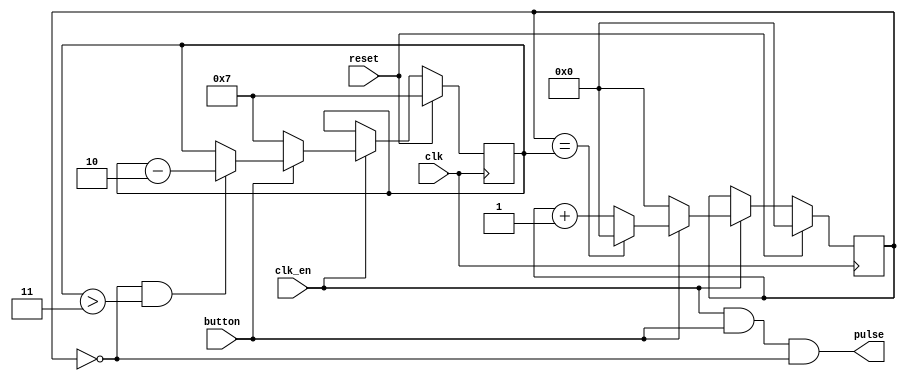
// This program was cloned from: https://github.com/mattvenn/tt07-vga-clock
// License: Apache License 2.0

`default_nettype none
module button_pulse 
#(
    parameter MAX_COUNT = 8,    // max wait before issue next pulse
    parameter DEC_COUNT = 2,    // every pulse, decrement comparitor by this amount
    parameter MIN_COUNT = 1     // until reaches this wait time
)(
    input wire clk,
    input wire clk_en,
    input wire button,
    input wire reset,
    output wire pulse
);

    reg [$clog2(MAX_COUNT-1):0] comp;
    reg [$clog2(MAX_COUNT-1):0] count;

    assign pulse = (clk_en && button && count == 0);

    always @(posedge clk)
        if(reset) begin
            comp <= MAX_COUNT - 1;
            count <= 0;
        end else
        if(clk_en) begin
            if(button)
                count <= count + 1;

            // if button is held, increase pulse rate by reducing comp
            if(count == 0 && comp > (MIN_COUNT + DEC_COUNT)) begin
                comp <= comp - DEC_COUNT;
            end

            // reset counter
            if(count == comp)
                count <= 0;

            // if button is released, set count and comp to default
            if(!button) begin
                count <= 0;
                comp <= MAX_COUNT - 1;
            end
        end

    /*
    `ifdef FORMAL
        default clocking @(posedge clk); endclocking
        default disable iff (!clk_en);

        cover property (##1 $rose(pulse));
        cover property (comp < MAX_COUNT - 1);
        assert property (button |=> comp <= $past(comp));
        assert property (button && count != comp |=> count >= $past(count));
        assert property (button && count == 0 |-> pulse);
        assert property (pulse |=> !pulse);
    `endif
    */

endmodule
`default_nettype wire